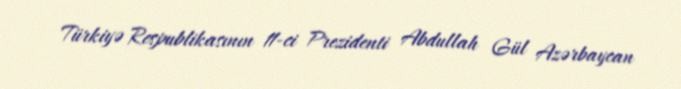
Türkiyə Respublikasının 11-ci Prezidenti Abdullah Gül Azərbaycan